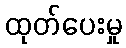
ထုတ်ပေးမှု